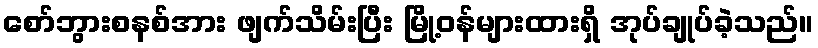
စော်ဘွားစနစ်အား ဖျက်သိမ်းပြီး မြို့ဝန်များထားရှိ အုပ်ချုပ်ခဲ့သည်။